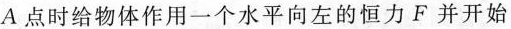
A点时给物体作用一个水平向左的恒力F并开始